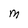
Character: M